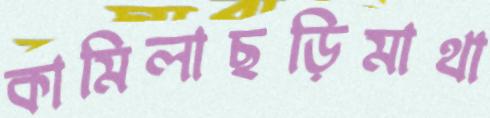
কামিলাছড়িমাথা